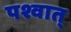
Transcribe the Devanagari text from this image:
पश्वात्